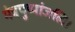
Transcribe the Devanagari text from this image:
मंत्रपुष्पांजलि।